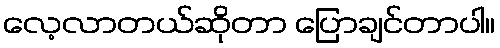
လေ့လာတယ်ဆိုတာ ပြောချင်တာပါ။